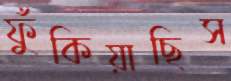
ফুঁকিয়াছিস